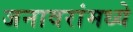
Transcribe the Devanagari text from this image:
जनावरांमध्ये